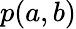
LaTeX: p(a,b)